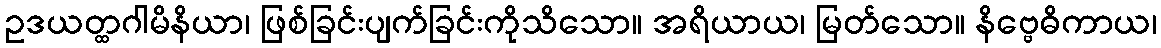
ဥဒယတ္ထဂါမိနိယာ၊ ဖြစ်ခြင်းပျက်ခြင်းကိုသိသော။ အရိယာယ၊ မြတ်သော။ နိဗ္ဗေဓိကာယ၊